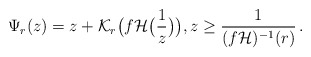
\begin{align*}\Psi_r(z)=z+ {\mathcal K}_r\big(f {\mathcal H} \big(\frac{1}{z}\big)\big),z \ge \frac{1}{(f {\mathcal H})^{-1}(r)}\,.\end{align*}